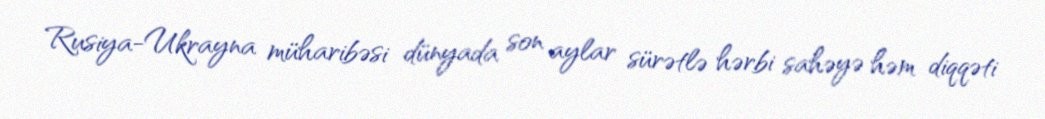
Rusiya-Ukrayna müharibəsi dünyada son aylar sürətlə hərbi sahəyə həm diqqəti